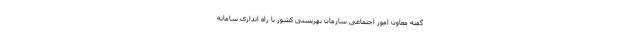
گفته معاون امور اجتماعی سازمان بهزیستی کشور با راه اندازی سامانه